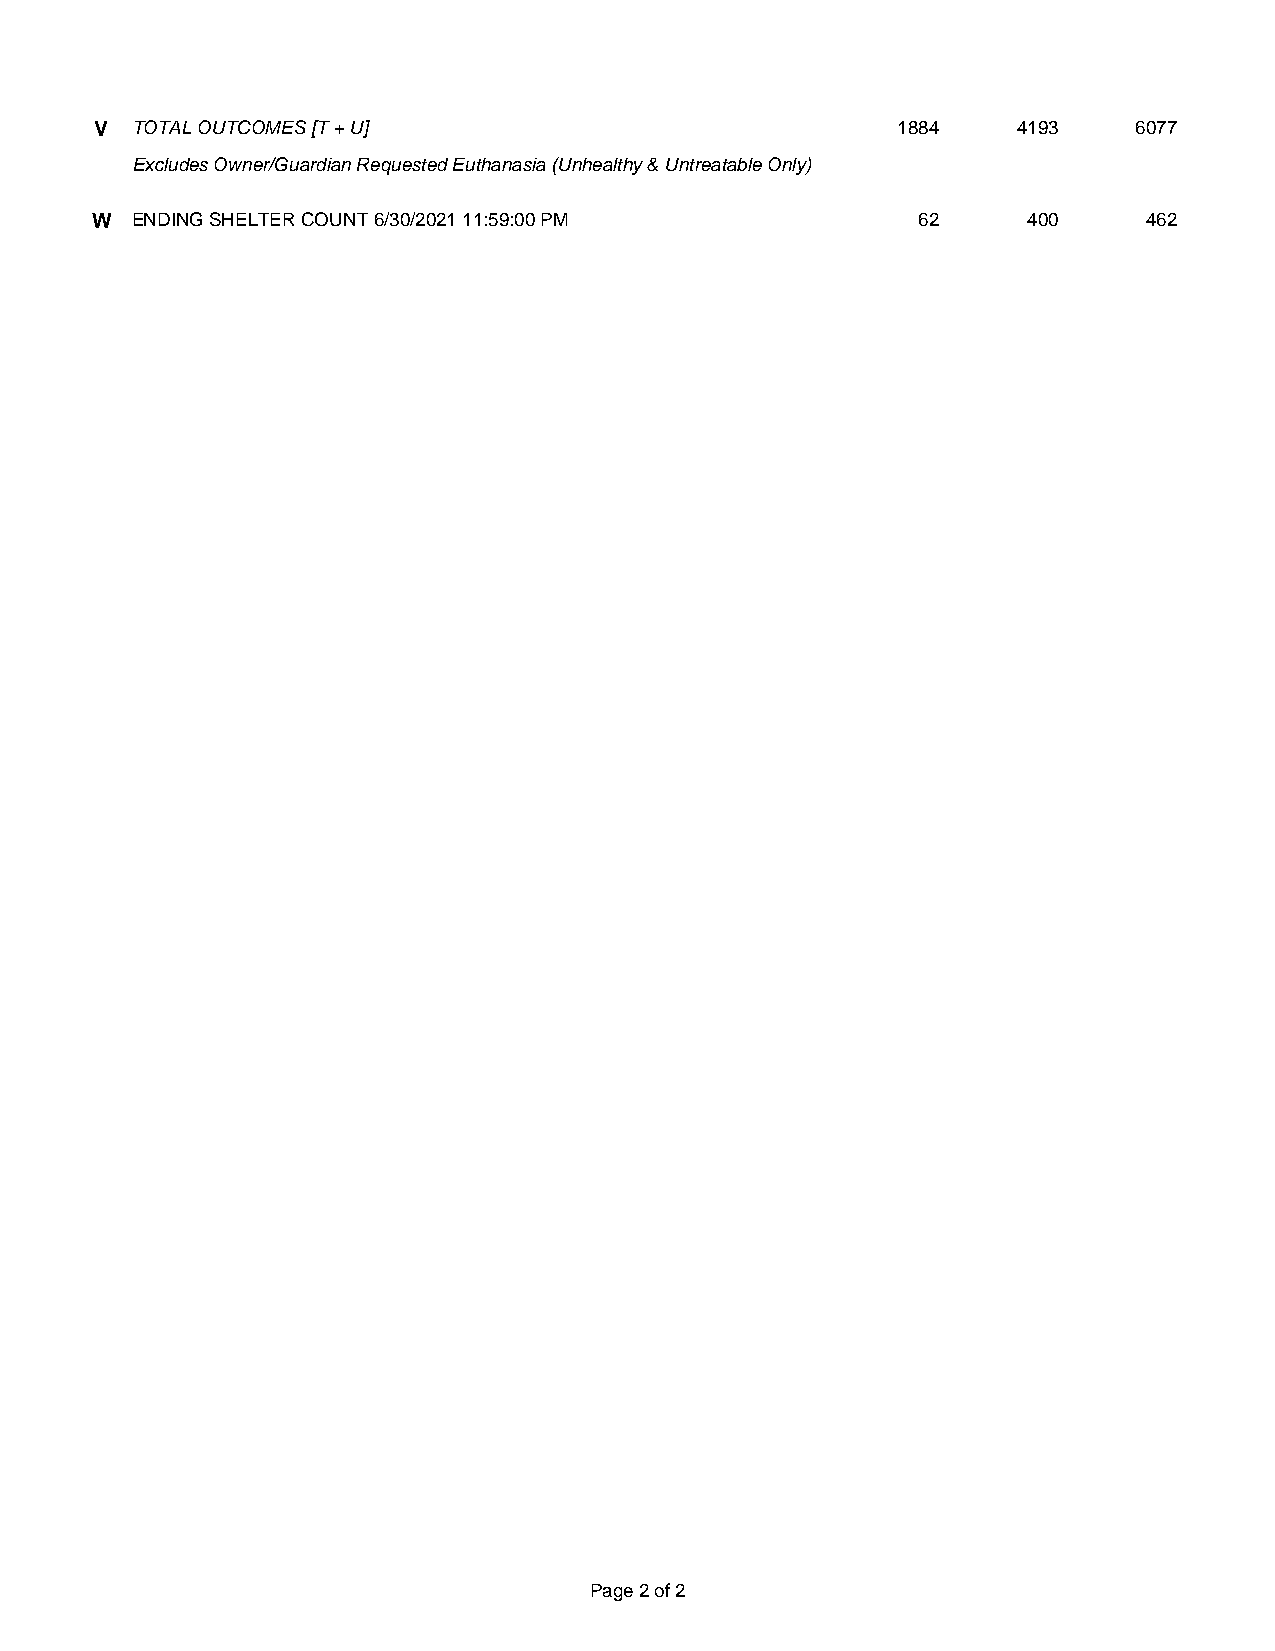
V  TOTAL OUTCOMES [T + U]                            1884    4193    6077
 Excludes Owner/Guardian Requested Euthanasia (Unhealthy & Untreatable Only)
 W  ENDING SHELTER COUNT 6/30/2021 11:59:00 PM          62     400     462
 Page 2 of 2